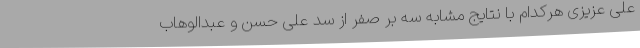
علی عزیزی هرکدام با نتایج مشابه سه بر صفر از سد علی حسن و عبدالوهاب